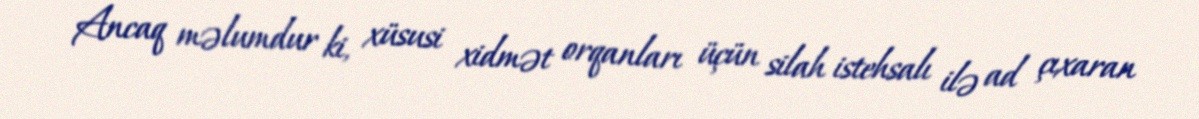
Ancaq məlumdur ki, xüsusi xidmət orqanları üçün silah istehsalı ilə ad çıxaran